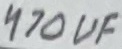
Text: 470uF